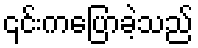
၎င်းကပြောခဲ့သည်